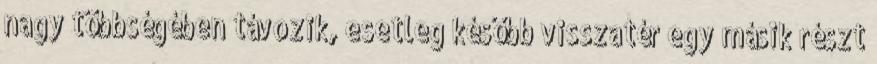
nagy többségében távozik, esetleg később visszatér egy másik részt